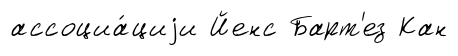
ассоциа́циjи Йенс Барт'ез Кан